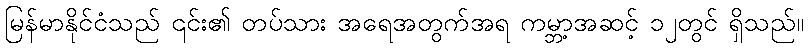
မြန်မာနိုင်ငံသည် ၎င်း၏ တပ်သား အရေအတွက်အရ ကမ္ဘာ့အဆင့် ၁၂တွင် ရှိသည်။